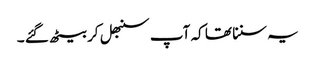
یہ سننا تھا کہ آپ سنبھل کر بیٹھ گئے ۔